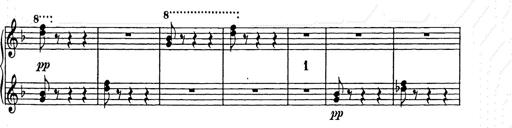
Title: Weihnachtsbaum
Composer: Franz Liszt